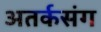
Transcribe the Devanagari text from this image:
अतर्कसंग